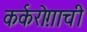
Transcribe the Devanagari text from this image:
कर्करोग़ाची